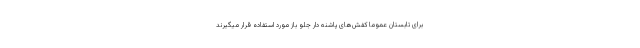
برای تابستان عموما کفش‌های پاشنه دار جلو باز مورد استفاده قرار میگیرند